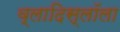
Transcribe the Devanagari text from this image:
व्लादिस्लॉला